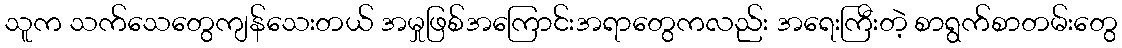
သူက သက်သေတွေကျန်သေးတယ် အမှုဖြစ်အကြောင်းအရာတွေကလည်း အရေးကြီးတဲ့ စာရွက်စာတမ်းတွေ